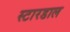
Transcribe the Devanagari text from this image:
स्टारडाल